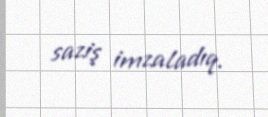
saziş imzaladıq.